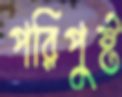
পরিপুষ্ট